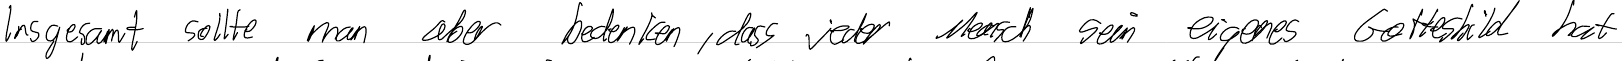
Insgesamt sollte man aber bedenken, dass jeder Mensch sein eigenes Gottesbild hat